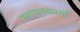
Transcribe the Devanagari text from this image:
स्थापनकर्त्या